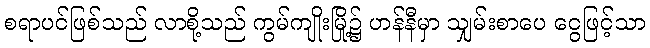
စရာပင်ဖြစ်သည် လာစို့သည် ကွမ်ကျိုးမြို့၌ ဟန်နီမှာ သျှမ်းစာပေ ငွေဖြင့်သာ